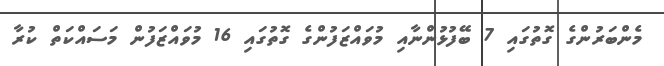
މެންބަރުންގެ ގޮތުގައި 7 ބޭފުޅުންނާއި މުވައްޒަފުންގެ ގޮތުގައި 16 މުވައްޒަފުން މަސައްކަތް ކުރާ